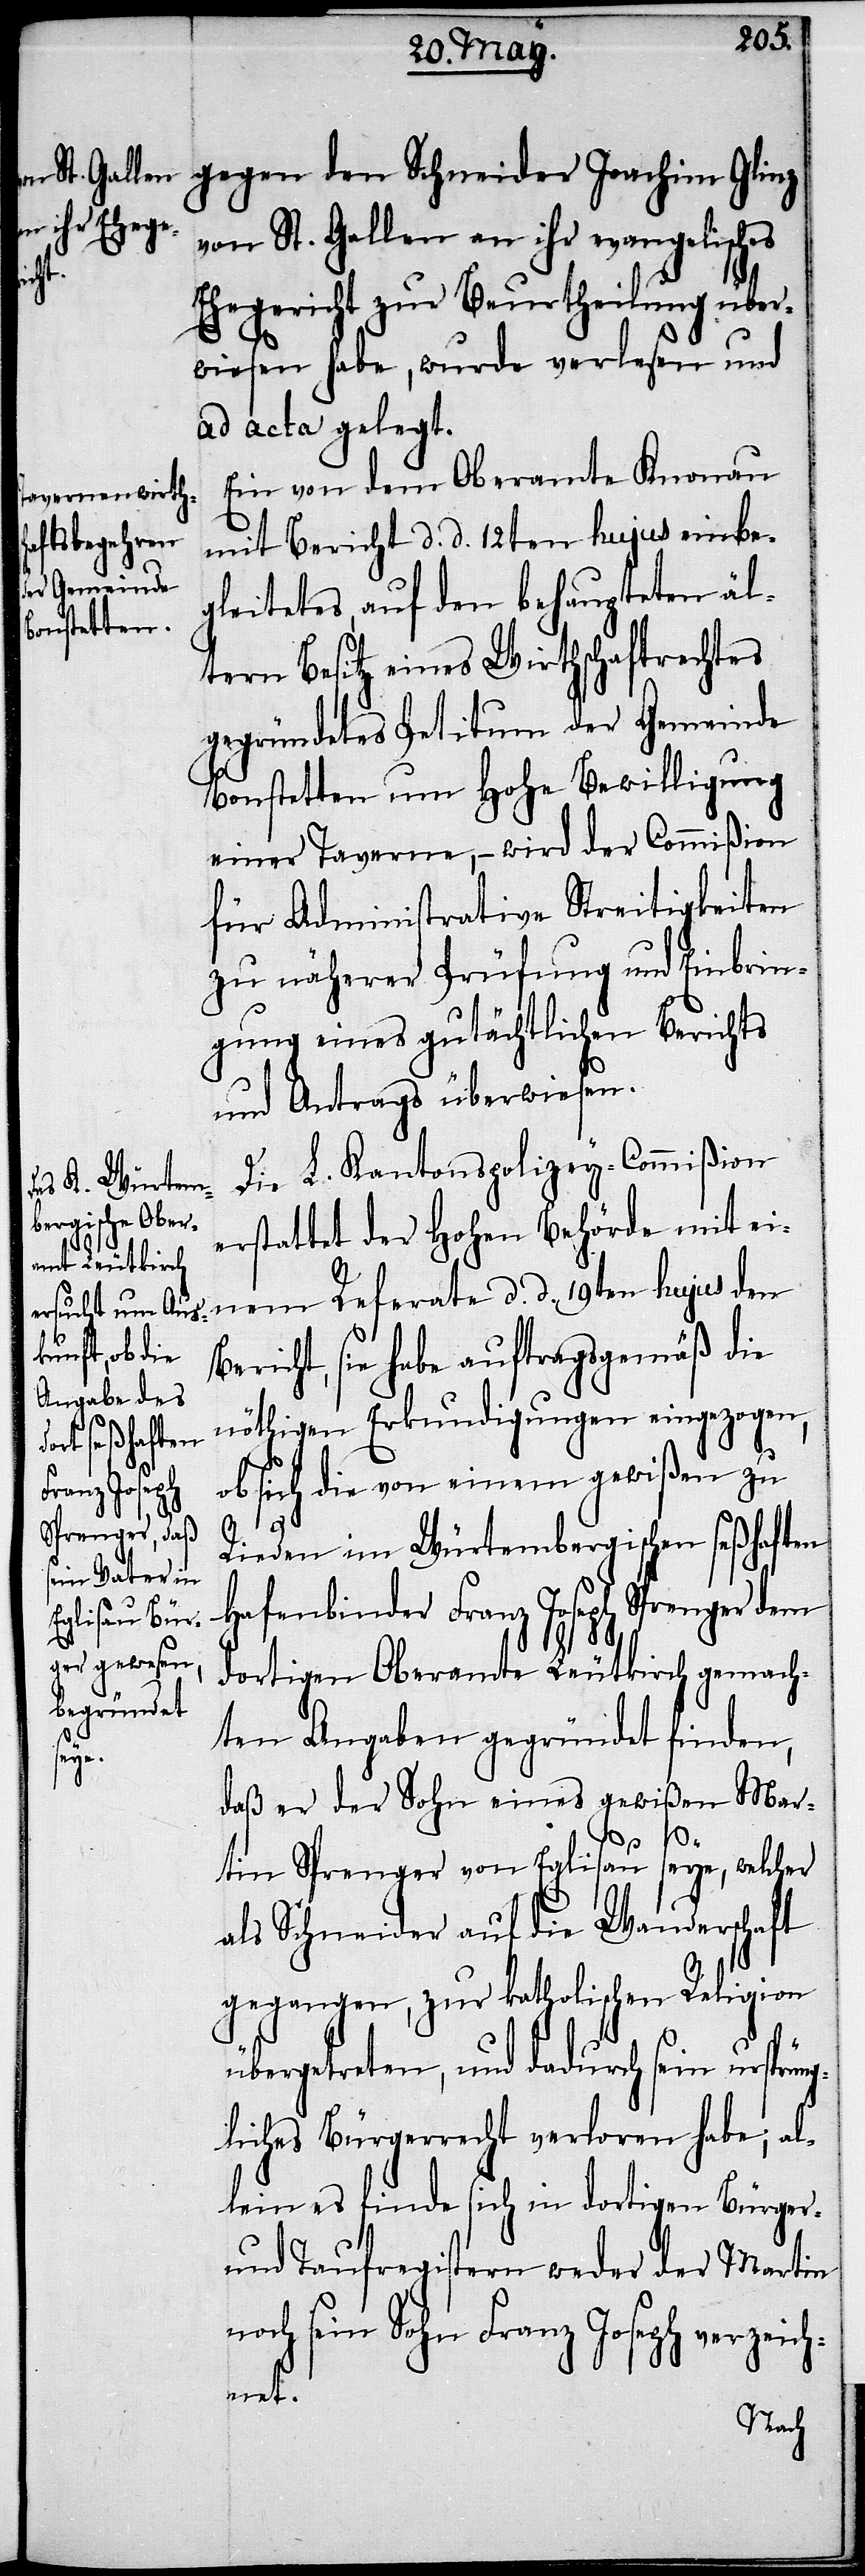
no¬

gegen den Schneider Joachim Glinz
von St. Gallen an ihr evangelisches
Ehegericht zur Beurtheilung über¬
wiesen habe, wurde verlesen und
ad acta gelegt.
Ein von dem Oberamte Knonau
mit Bericht d. d. 12ten hujus einbe¬
gleitetes, auf den behaupteten äl¬
tern Besitz eines Wirthschaftsrechtes
gegründetes Petitum der Gemeinde
Bonstetten um Hohe Bewilligung
einer Taverne, – wird der Commißion
für Administrative Streitigkeiten
zu näherer Prüfung und Einbrin¬
gung eines gutächtlichen Berichts
und Antrags überwiesen.
Die L. Kantonspolizey-Commißion
erstattet der Hohen Behörde mit ei¬
nem Referate d. d. 19ten hujus den
Bericht, sie habe auftragsgemäß die
nöthigen Erkundigungen eingezogen,
ob sich die von einem gewißen zu
Rieden im Würtembergischen seßhaften
Hafenbinder Franz Joseph Sprenger dem
dortigen Oberamte Leutkirch gemach¬
ten Angaben gegründet finden,
daß er der Sohn eines gewißen Mar¬
tin Sprenger von Eglisau seye, welcher
als Schneider auf die Wanderschaft
gegangen, zur katholischen Religion
übergetreten, und dadurch sein ursprün¬
gliches Bürgerrecht verloren habe; al¬
lein es finde sich in dortigen Bürger-
und Taufregistern weder der Martin
ch sein Sohn Franz Joseph verzeich¬
net.